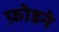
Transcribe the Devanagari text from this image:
फ़ोडने